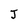
Character: J